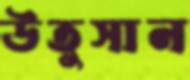
উতুসান